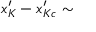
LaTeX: x _ { K } ^ { \prime } - x _ { K c } ^ { \prime } \sim